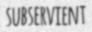
SUBSERVIENT